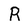
Character: R